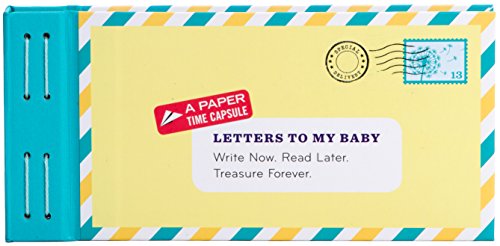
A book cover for Letters to My Baby: Write Now. Read Later. Treasure Forever.; Lea Redmond; Parenting & Relationships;